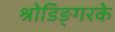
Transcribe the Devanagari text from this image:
श्रोडिङ्गरके